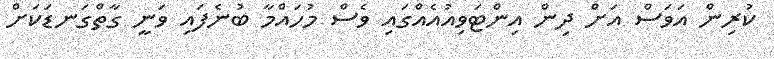
ކުރިން އަވަސް އަށް ދިން އިންޓަވިއުއެއްގައި ވެސް މުހައްމާ ބުނެފައި ވަނީ ގާތްގަނޑަކަށް